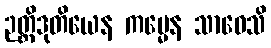
ဉတ္တိဒုတိယေန ကမ္မေန သာဝေသိ